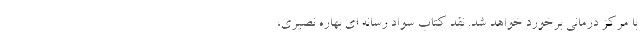
با مرکز درمانی برخورد خواهد شد. نقد کتاب سواد رسانه ای بهاره نصیری،